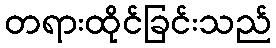
တရားထိုင်ခြင်းသည်